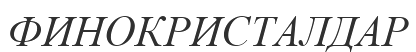
ФИНОКРИСТАЛДАР